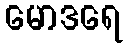
မောဒရေ